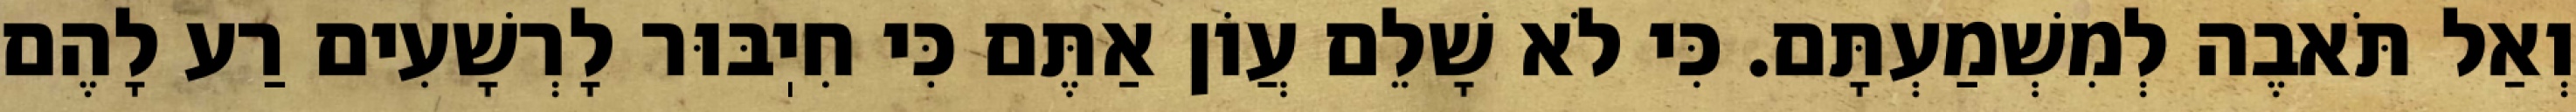
וְאַל תֹּאבֶה לְמִשְׁמַעְתָּם. כִּי לֹא שָׁלֵם עֲוֹן אַתֶּם כִּי חִיֽבּוּר לָרְשָׁעִים רַע לָהֶם